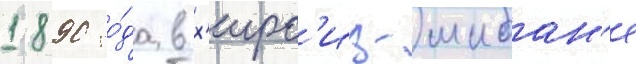
1890 го́да в х'ирс'из-шибан'е